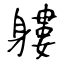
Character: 軁